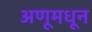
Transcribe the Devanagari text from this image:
अणूमधून